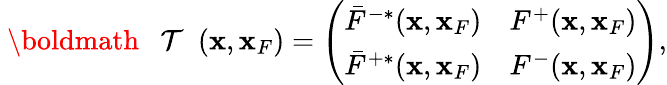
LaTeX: \begin{array}{r}{{{{\mathrm{~\boldmath~{~\cal~T~}~}}}}({\mathbf x},{\mathbf x}_{F})=\left(\begin{array}{ll}{\bar{F}^{-*}({\mathbf x},{\mathbf x}_{F})}&{F^{+}({\mathbf x},{\mathbf x}_{F})}\\ {\bar{F}^{+*}({\mathbf x},{\mathbf x}_{F})}&{F^{-}({\mathbf x},{\mathbf x}_{F})}\end{array}\right),}\end{array}